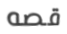
قصه